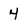
Character: 4